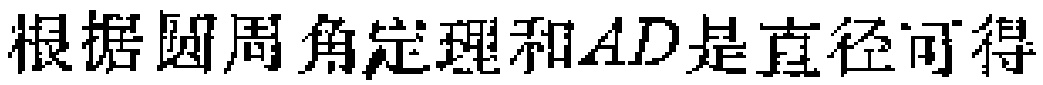
根据圆周角定理和\(AD\)是直径可得